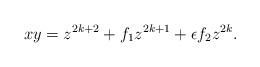
LaTeX: \begin{align*}xy=z^{2k+2}+f_1z^{2k+1}+\epsilon f_2z^{2k}.\end{align*}